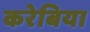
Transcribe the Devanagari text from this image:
करेबिया